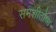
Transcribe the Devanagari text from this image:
समशीतोष्‍ण